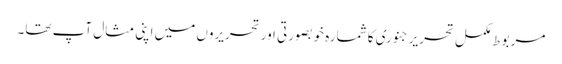
مربوط مکمل تحریر جنوری کا شمارہ خوبصورتی اور تحریروں میں اپنی مثال آپ تھا۔